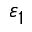
\varepsilon _ { 1 }